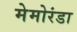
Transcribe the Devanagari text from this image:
मेमोरंडा